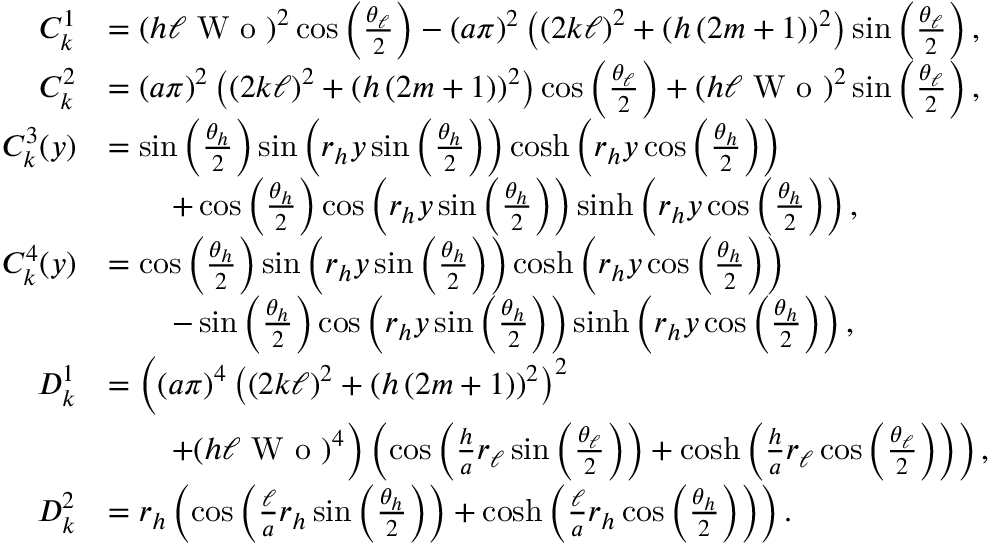
\begin{array} { r l } { C _ { k } ^ { 1 } } & { = \left( h \ell \textrm { W o } \right) ^ { 2 } \cos \left( \frac { \theta _ { \ell } } { 2 } \right) - \left( a \pi \right) ^ { 2 } \left( \left( 2 k \ell \right) ^ { 2 } + \left( h \left( 2 m + 1 \right) \right) ^ { 2 } \right) \sin \left( \frac { \theta _ { \ell } } { 2 } \right) , } \\ { C _ { k } ^ { 2 } } & { = \left( a \pi \right) ^ { 2 } \left( \left( 2 k \ell \right) ^ { 2 } + \left( h \left( 2 m + 1 \right) \right) ^ { 2 } \right) \cos \left( \frac { \theta _ { \ell } } { 2 } \right) + \left( h \ell \textrm { W o } \right) ^ { 2 } \sin \left( \frac { \theta _ { \ell } } { 2 } \right) , } \\ { C _ { k } ^ { 3 } ( y ) } & { = \sin \left( \frac { \theta _ { h } } { 2 } \right) \sin \left( r _ { h } y \sin \left( \frac { \theta _ { h } } { 2 } \right) \right) \cosh \left( r _ { h } y \cos \left( \frac { \theta _ { h } } { 2 } \right) \right) } \\ & { \quad \quad + \cos \left( \frac { \theta _ { h } } { 2 } \right) \cos \left( r _ { h } y \sin \left( \frac { \theta _ { h } } { 2 } \right) \right) \sinh \left( r _ { h } y \cos \left( \frac { \theta _ { h } } { 2 } \right) \right) , } \\ { C _ { k } ^ { 4 } ( y ) } & { = \cos \left( \frac { \theta _ { h } } { 2 } \right) \sin \left( r _ { h } y \sin \left( \frac { \theta _ { h } } { 2 } \right) \right) \cosh \left( r _ { h } y \cos \left( \frac { \theta _ { h } } { 2 } \right) \right) } \\ & { \quad \quad - \sin \left( \frac { \theta _ { h } } { 2 } \right) \cos \left( r _ { h } y \sin \left( \frac { \theta _ { h } } { 2 } \right) \right) \sinh \left( r _ { h } y \cos \left( \frac { \theta _ { h } } { 2 } \right) \right) , } \\ { D _ { k } ^ { 1 } } & { = \bigg ( ( a \pi ) ^ { 4 } \left( \left( 2 k \ell \right) ^ { 2 } + \left( h \left( 2 m + 1 \right) \right) ^ { 2 } \right) ^ { 2 } } \\ & { \quad \quad + ( h \ell \textrm { W o } ) ^ { 4 } \bigg ) \left( \cos \left( \frac { h } { a } r _ { \ell } \sin \left( \frac { \theta _ { \ell } } { 2 } \right) \right) + \cosh \left( \frac { h } { a } r _ { \ell } \cos \left( \frac { \theta _ { \ell } } { 2 } \right) \right) \right) , } \\ { D _ { k } ^ { 2 } } & { = r _ { h } \left( \cos \left( \frac { \ell } { a } r _ { h } \sin \left( \frac { \theta _ { h } } { 2 } \right) \right) + \cosh \left( \frac { \ell } { a } r _ { h } \cos \left( \frac { \theta _ { h } } { 2 } \right) \right) \right) . } \end{array}